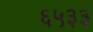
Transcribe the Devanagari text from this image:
६५३३